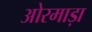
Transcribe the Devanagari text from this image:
ओरमाड़ा